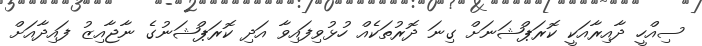
ސިއްހީ ދާއިރާއަކީ ކޮރަޕްޝަނަށް ގިނަ ދޮރުތަކެއް ހުޅުވިފައިވާ އަދި ކޮރަޕްޝަނުގެ ނާޖާއިޒު ފައިދާއަށް